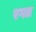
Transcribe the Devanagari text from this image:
रगत